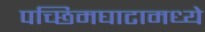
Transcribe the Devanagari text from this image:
पच्छिमघाटामध्ये